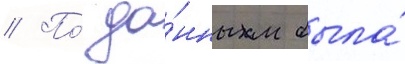
// По́ да́нным была́